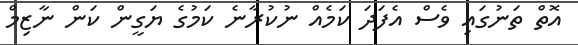
އޮތް ތަނުގައި ވެސް އެފަދަ ކަމެއް ނުކުރާނެ ކަމުގެ ޔަގީން ކަން ނާޒިމް